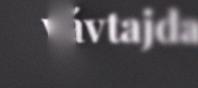
vávtajda